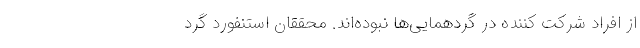
از افراد شرکت کننده در گردهمایی‌ها نبوده‌اند. محققان استنفورد گرد